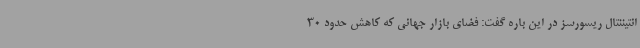
انتیننتال ریسورسز در این باره گفت: فضای بازار جهانی که کاهش حدود 30